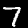
Digit: 7